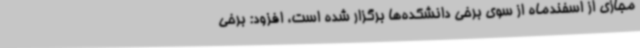
مجازی از اسفندماه از سوی برخی دانشکده‌ها برگزار شده است، افزود: برخی